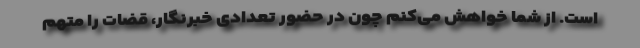
است. از شما خواهش می‌کنم چون در حضور تعدادی خبرنگار، قضات را متهم